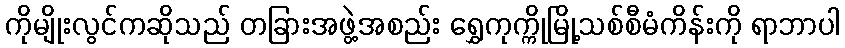
ကိုမျိုးလွင်ကဆိုသည် တခြားအဖွဲ့အစည်း ရွှေကုက္ကိုမြို့သစ်စီမံကိန်းကို ရာဘာပါ